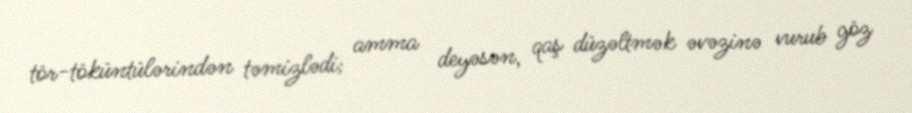
tör-töküntülərindən təmizlədi; amma deyəsən, qaş düzəltmək əvəzinə vurub göz